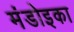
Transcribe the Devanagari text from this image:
मंडोइका